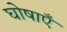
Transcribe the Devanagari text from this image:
घोषाएँ